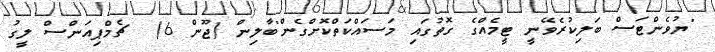
"ޔުވެންޓަސް ބަލިކުރެވޭނީ ޓީމެއްގެ ގޮތުގައި މަސައްކަތްކޮށްގެން"ބާލިން (ޖޫން 6)  ޗެމްޕިއަންސް ލީގު